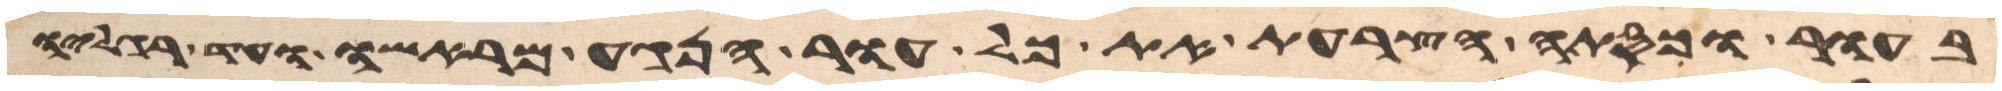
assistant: בעור וכסתה הצרעת את כל עור הנגע מראשו עד רגליו